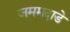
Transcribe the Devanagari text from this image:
जममदाडे